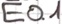
Text: E0.1